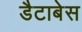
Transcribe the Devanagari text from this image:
डैटाबेस